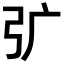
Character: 𭚦